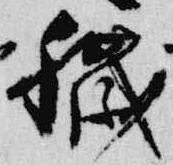
穢